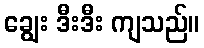
ချွေး ဒီးဒီး ကျသည်။